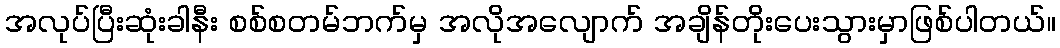
အလုပ်ပြီးဆုံးခါနီး စစ်စတမ်ဘက်မှ အလိုအလျောက် အချိန်တိုးပေးသွားမှာဖြစ်ပါတယ်။